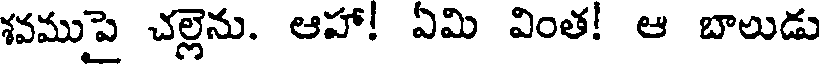
శవముపై చల్లెను. ఆహా! ఏమి వింత! ఆ బాలుడు